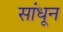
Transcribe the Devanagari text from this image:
सांधून